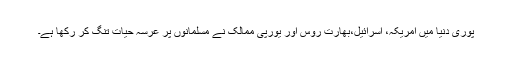
پوری دنیا میں امریکہ، اسرائیل،بھارت روس اور یورپی ممالک نے مسلمانوں پر عرسہ حیات تنگ کر رکھا ہے۔